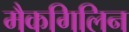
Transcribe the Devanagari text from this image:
मैकगिलिन